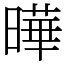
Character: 曄